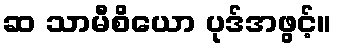
ဆ သာမီစိယော ပုဒ်အဖွင့်။